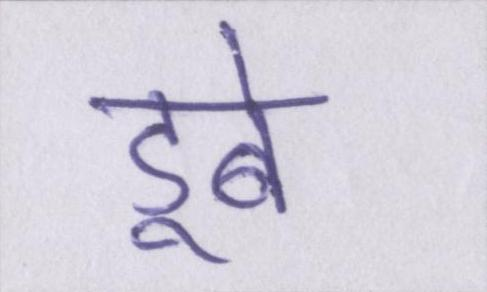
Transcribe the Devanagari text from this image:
डूबे